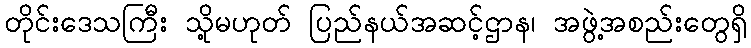
တိုင်းဒေသကြီး သို့မဟုတ် ပြည်နယ်အဆင့်ဌာန၊ အဖွဲ့အစည်းတွေရှိ